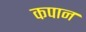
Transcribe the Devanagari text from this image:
कपान